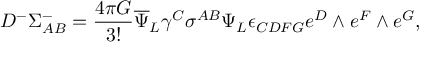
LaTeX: D ^ { - } \Sigma _ { A B } ^ { - } = { \frac { 4 \pi G } { 3 ! } } { \overline { { \Psi } } } _ { L } \gamma ^ { C } \sigma ^ { A B } \Psi _ { L } \epsilon _ { C D F G } e ^ { D } \wedge e ^ { F } \wedge e ^ { G } ,